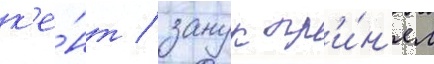
к'е́нт / занук пр'и́н'ял